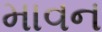
માવન